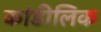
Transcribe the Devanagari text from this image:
कांडीलिक